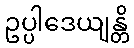
ဥပ္ပါဒေယျန္တိ